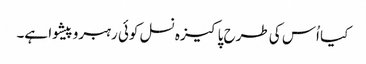
کیا اُس کی طرح پاکیزہ نسل کوئی رہبروپیشوا ہے۔